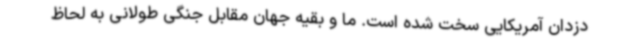
دزدان آمریکایی سخت شده است. ما و بقیه جهان مقابل جنگی طولانی به لحاظ